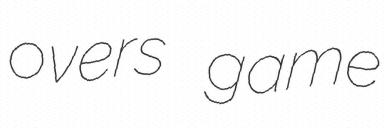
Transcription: overs game